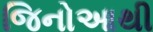
જિનોઆથી